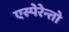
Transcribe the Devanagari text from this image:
एस्पेरेन्तो